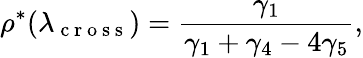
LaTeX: \rho^{*}(\lambda_{\mathrm{~c~r~o~s~s~}})=\frac{\gamma_{1}}{\gamma_{1}+\gamma_{4}-4\gamma_{5}},